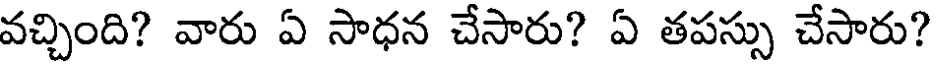
వచ్చింది? వారు ఏ సాధన చేసారు? ఏ తపస్సు చేసారు?